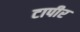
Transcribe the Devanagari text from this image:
टापीर